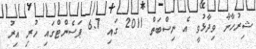
ޝިރުހާނާ ވިދާޅުވީ އެ ނިސްބަތް 2011 ގައި 6.7 ޕަސެންޓްގައި ހުރި އިރު